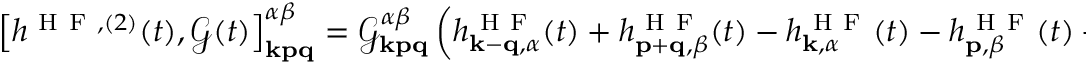
\begin{array} { r } { \left[ h ^ { \mathrm { ~ H ~ F ~ } , ( 2 ) } ( t ) , \mathcal { G } ( t ) \right] _ { \mathbf { k p q } } ^ { \alpha \beta } = \mathcal { G } _ { \mathbf { k p q } } ^ { \alpha \beta } \left( h _ { \mathbf { k } - \mathbf { q } , \alpha } ^ { \mathrm { ~ H ~ F ~ } } ( t ) + h _ { \mathbf { p } + \mathbf { q } , \beta } ^ { \mathrm { ~ H ~ F ~ } } ( t ) - h _ { \mathbf { k } , \alpha } ^ { \mathrm { ~ H ~ F ~ } } ( t ) - h _ { \mathbf { p } , \beta } ^ { \mathrm { ~ H ~ F ~ } } ( t ) - 4 \mathrm { i } \hbar \gamma \right) \, . } \end{array}